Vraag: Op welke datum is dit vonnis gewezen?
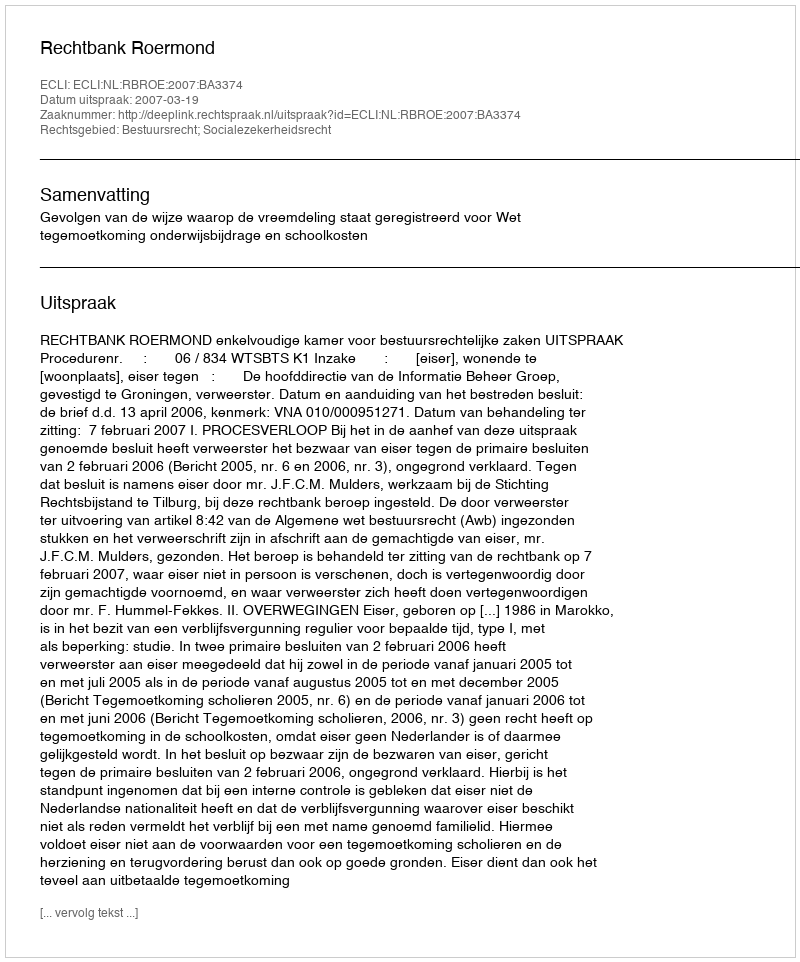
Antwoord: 2007-03-19